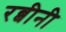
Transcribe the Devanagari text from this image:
रब्बीनी